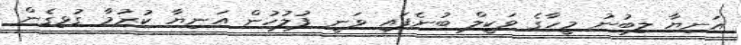
އަނިޔާ ލިބުނު މީހާގެ ވަކީލް ބުނެފައި ވަނީ ފުލުހުން އަނިޔާ ކުރުމާ ގުޅިގެން